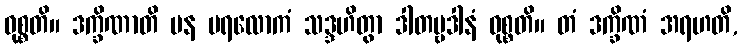
ဝုစ္စတိ။ ဒက္ခိဏာတိ ပန ပရလောကံ သဒ္ဒဟိတွာ ဒါတဗ္ဗဒါနံ ဝုစ္စတိ။ တံ ဒက္ခိဏံ အရဟတိ,